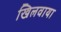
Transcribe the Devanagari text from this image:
खिलवाया